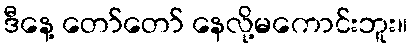
ဒီနေ့ တော်တော် နေလို့မကောင်းဘူး။